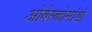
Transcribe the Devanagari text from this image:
ओबेरकोमांडो